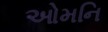
ઓમનિ